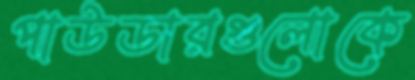
পাউডারগুলোকে